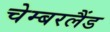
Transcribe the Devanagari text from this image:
चेम्बरलैंड